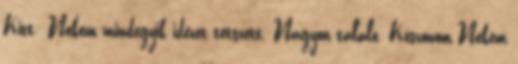
Kitt: Nekem mindegyik idézet tetszett. Nagyon találó. Köszönöm Nekem